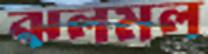
ঝলমল